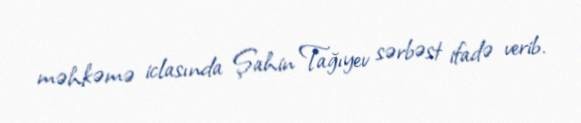
məhkəmə iclasında Şahin Tağıyev sərbəst ifadə verib.